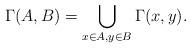
LaTeX: \begin{align*}\Gamma(A,B) = \bigcup_{x \in A, y \in B} \Gamma(x,y).\end{align*}